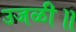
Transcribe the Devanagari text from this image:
उजळी॥